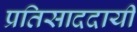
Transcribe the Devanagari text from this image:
प्रतिसाददायी